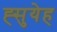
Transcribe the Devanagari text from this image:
ह्सुयेह